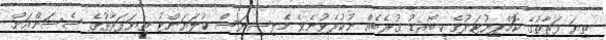
ތިޔަ ފަރާތުގެ ކޮމްޕިޔުޓަރުގެ ކީބޯރޑު ގުރެބެއް ނުކުރެވުނެވެ މެލިސިޔަސް ކުލަޔަންޓު ތިޔަފަރާތުގެ ސެސަންއަށް